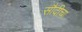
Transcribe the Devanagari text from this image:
सौदीचा